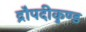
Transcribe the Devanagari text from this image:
द्रौपदीकुण्ड